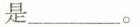
是___。